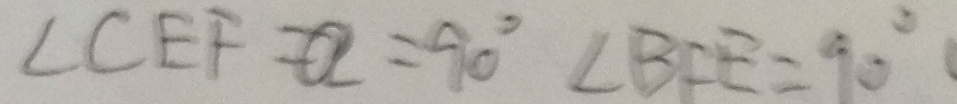
\angle C E F = 9 0 ^ { \circ } \angle B F E = 9 0 ^ { \circ }